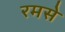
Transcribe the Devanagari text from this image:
रमसे